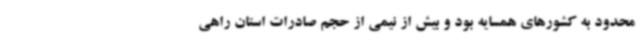
محدود به کشورهای همسایه بود و بیش از نیمی از حجم صادرات استان راهی